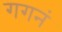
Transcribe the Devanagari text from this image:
गगनं